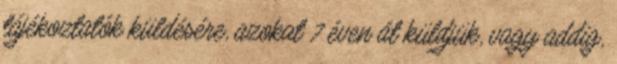
tájékoztatók küldésére, azokat 7 éven át küldjük, vagy addig,